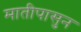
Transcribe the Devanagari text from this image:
मातीपासुन